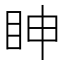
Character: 眒